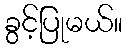
ခွင့်ပြုမယ်။